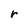
Character: r